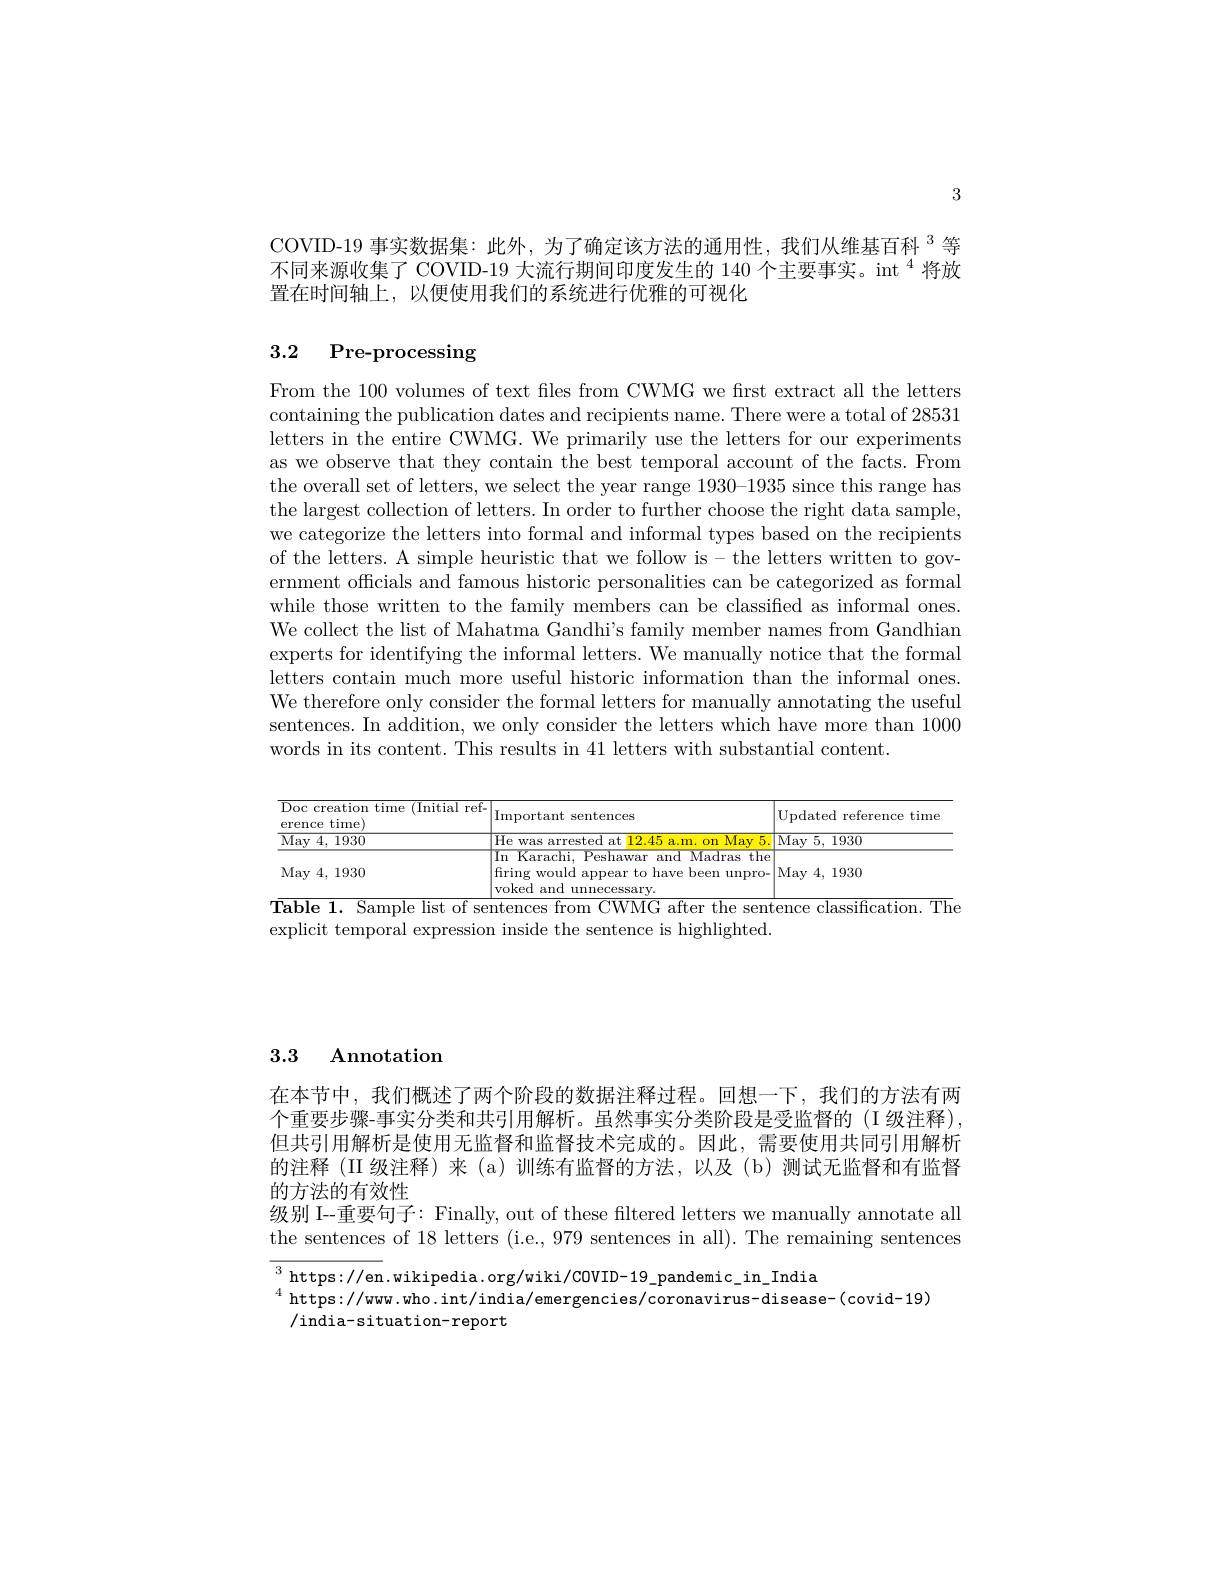
3

COVID-19 事实数据集：此外，为了确定该方法的通用性，我们从维基百科$^{3}$等不同来源收集了 COVID-19 大流行期间印度发生的 140 个主要事实。int $^{4}$将放置在时间轴上，以便使用我们的系统进行优雅的可视化

# 3.2 Pre-processing

From the 100 volumes of text files from CWMG we first extract all the letters containing the publication dates and recipients name. There were a total of 28531 letters in the entire CWMG. We primarily use the letters for our experiments as we observe that they contain the best temporal account of the facts. From the overall set of letters, we select the year range 1930-1935 since this range has the largest collection of letters. In order to further choose the right data sample, we categorize the letters into formal and informal types based on the recipients of the letters. A simple heuristic that we follow is-the letters written to government officials and famous historic personalities can be categorized as formal while those written to the family members can be classified as informal ones. We collect the list of Mahatma Gandhi's family member names from Gandhian experts for identifying the informal letters. We manually notice that the formal letters contain much more useful historic information than the informal ones. We therefore only consider the formal letters for manually annotating the useful sentences. In addition, we only consider the letters which have more than 1000 words in its content. This results in 41 letters with substantial content.

<table>
	<tbody>
		<tr>
			<th>Doc creation time (Initial ref- erence time) 21</th>
			<th>Important sentences</th>
			<th>Updated reference time</th>
		</tr>
		<tr>
			<td>May 4, 1930</td>
			<td>He was arrested at 12.45 a.m. on May 5.</td>
			<td>$\overline{\mathrm{May~5,~1930}}$</td>
		</tr>
		<tr>
			<td>May 4, 1930</td>
			<td>In Karachi, Peshawar and Madras the firing would appear to have been unpro- voked and unnecessary.</td>
			<td>May 4, 1930</td>
		</tr>
	</tbody>
</table>

3.3 Annotation

在本节中，我们概述了两个阶段的数据注释过程。回想一下，我们的方法有两个重要步骤-事实分类和共引用解析。虽然事实分类阶段是受监督的 (I 级注释), 但共引用解析是使用无监督和监督技术完成的。因此，需要使用共同引用解析的注释 (II 级注释)来 (a)训练有监督的方法，以及 (b)测试无监督和有监督的方法的有效性
级别 I-重要句子：Finally, out of these filtered letters we manually annotate all the sentences of 18 letters (i.e., 979 sentences in all). The remaining sentences

$^{3}$https://en.wikipedia.org/wiki/COVID-19\_pandemic\_in\_India
$^{4}$ https://www.who.int/india/emergencies/coronavirus-disease-(covid-19)
/india-situation-report